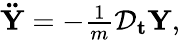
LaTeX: \begin{array}{r}{\mathbf{\ddot{Y}}=-\frac{1}{m}\mathcal{D}_{\mathbf{t}}\mathbf{Y},}\end{array}